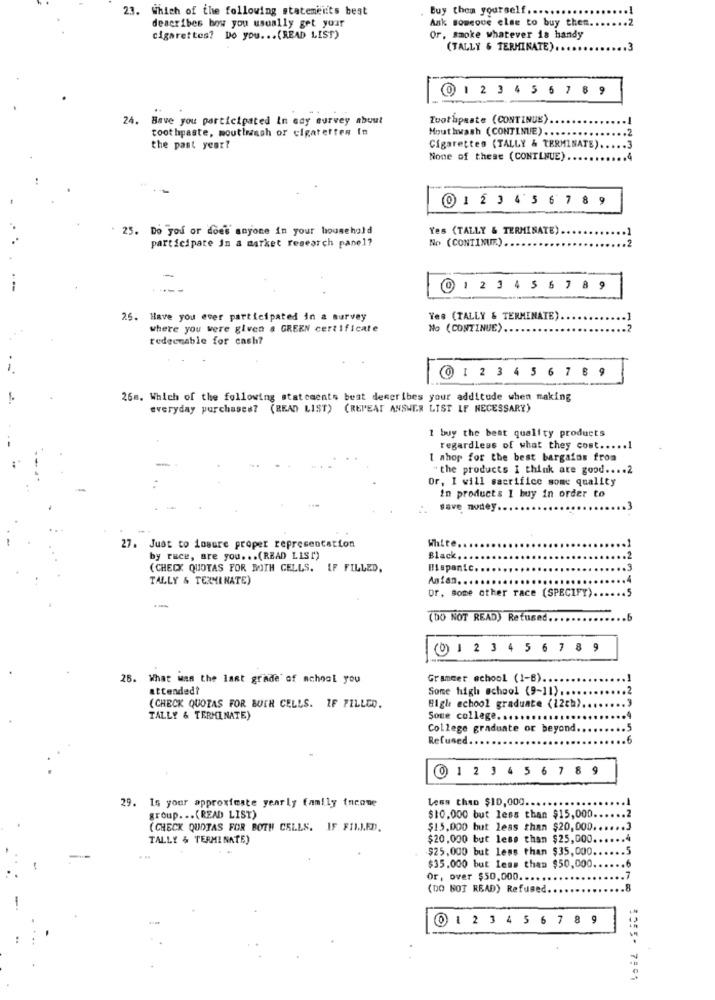
23. Which of the following statements best
Buy them yourself.
describes bow you usually get your
Ank someone else to buy them
cigarettes? Do you ... (READ LIST)
Or, smoke whatever is handy
(TALLY & TERMINATE).
@ 1 23 4 5 6 7 89
24. Have you participated In say survey about
Toothpaste (CONTINUE).
toothpaste, moutlash or cigarettes In
Mouthwash (CONTINUE) ....
.. 2
the past year?
Cigarettes (TALLY & TERMINATE) ..
.3
None of these (CONTINUE)
.. 4
@ 1 23 45 67 89
25. Do you or does anyone in your household
Yes (TALLY & TERMINATE).
participate in a market research panel?
No (CONTINUE).
.2
@ 1 23 45 6 7 8 9
25. Have you ever participated in a survey
Yes (TALLY & TERMINATE).
where you were given a GREEN certificate
No (CONTINUE).
redeemable for cash?
@ 1 2 3 4 5 6 7 8 9
26m. Which of the following statements best describes your additude when making
everyday purchases? (READ LIST) (REPEAT ANSWER LIST IF NECESSARY)
1 buy the best quality products
regardless of what they cost ..... 1
I shop for the best bargains from
"the products I think are good .... 2
Or, I will sacrifice some quality
in products I buy in order to
save nodey.
White
27. Just to insure proper representation
by race, are you ... (READ LIST)
Black,
(CHECK QUOTAS FOR BOTH CELLS. IF FILLED.
Hispanic.
TALLY & TERMINATE)
Asian ..
or, some other race (SPECIFY)
--
(DO NOT READ) Refused.
(0) 1 2 3 4 5 6 7 8 9
26. What was the last grade of school you
Grameer school (1-B).
attended?
Some high school (9-11) ...
(CHECK QUOTAS FOR BOTH CELLS. IF FILLED.
High school graduate (12ch).
123
TALLY & TERMINATE)
Soue college. ..
College graduate or beyond.
Refused
0 1 2 3 4 5 6 7 8 9
29. Is your approximate yearly family income
Less than $10,000.
2
group ... (READ LIST)
$10.000 but less than $15,000.
(CHECK QUOTAS FOR BOTH CELLS. IF FIIJED.
$15.000 but less than $20,000.
TALLY & TERMINATE)
$20,000 but less than $25,000.
$25,000 but less than $35,000.
.5
$35.000 but Less than $50,000
Or, over $50,000 ....
7
(DO NOT READ) Refused.
.8
0 1234 56 7 8 9
5055- 7801